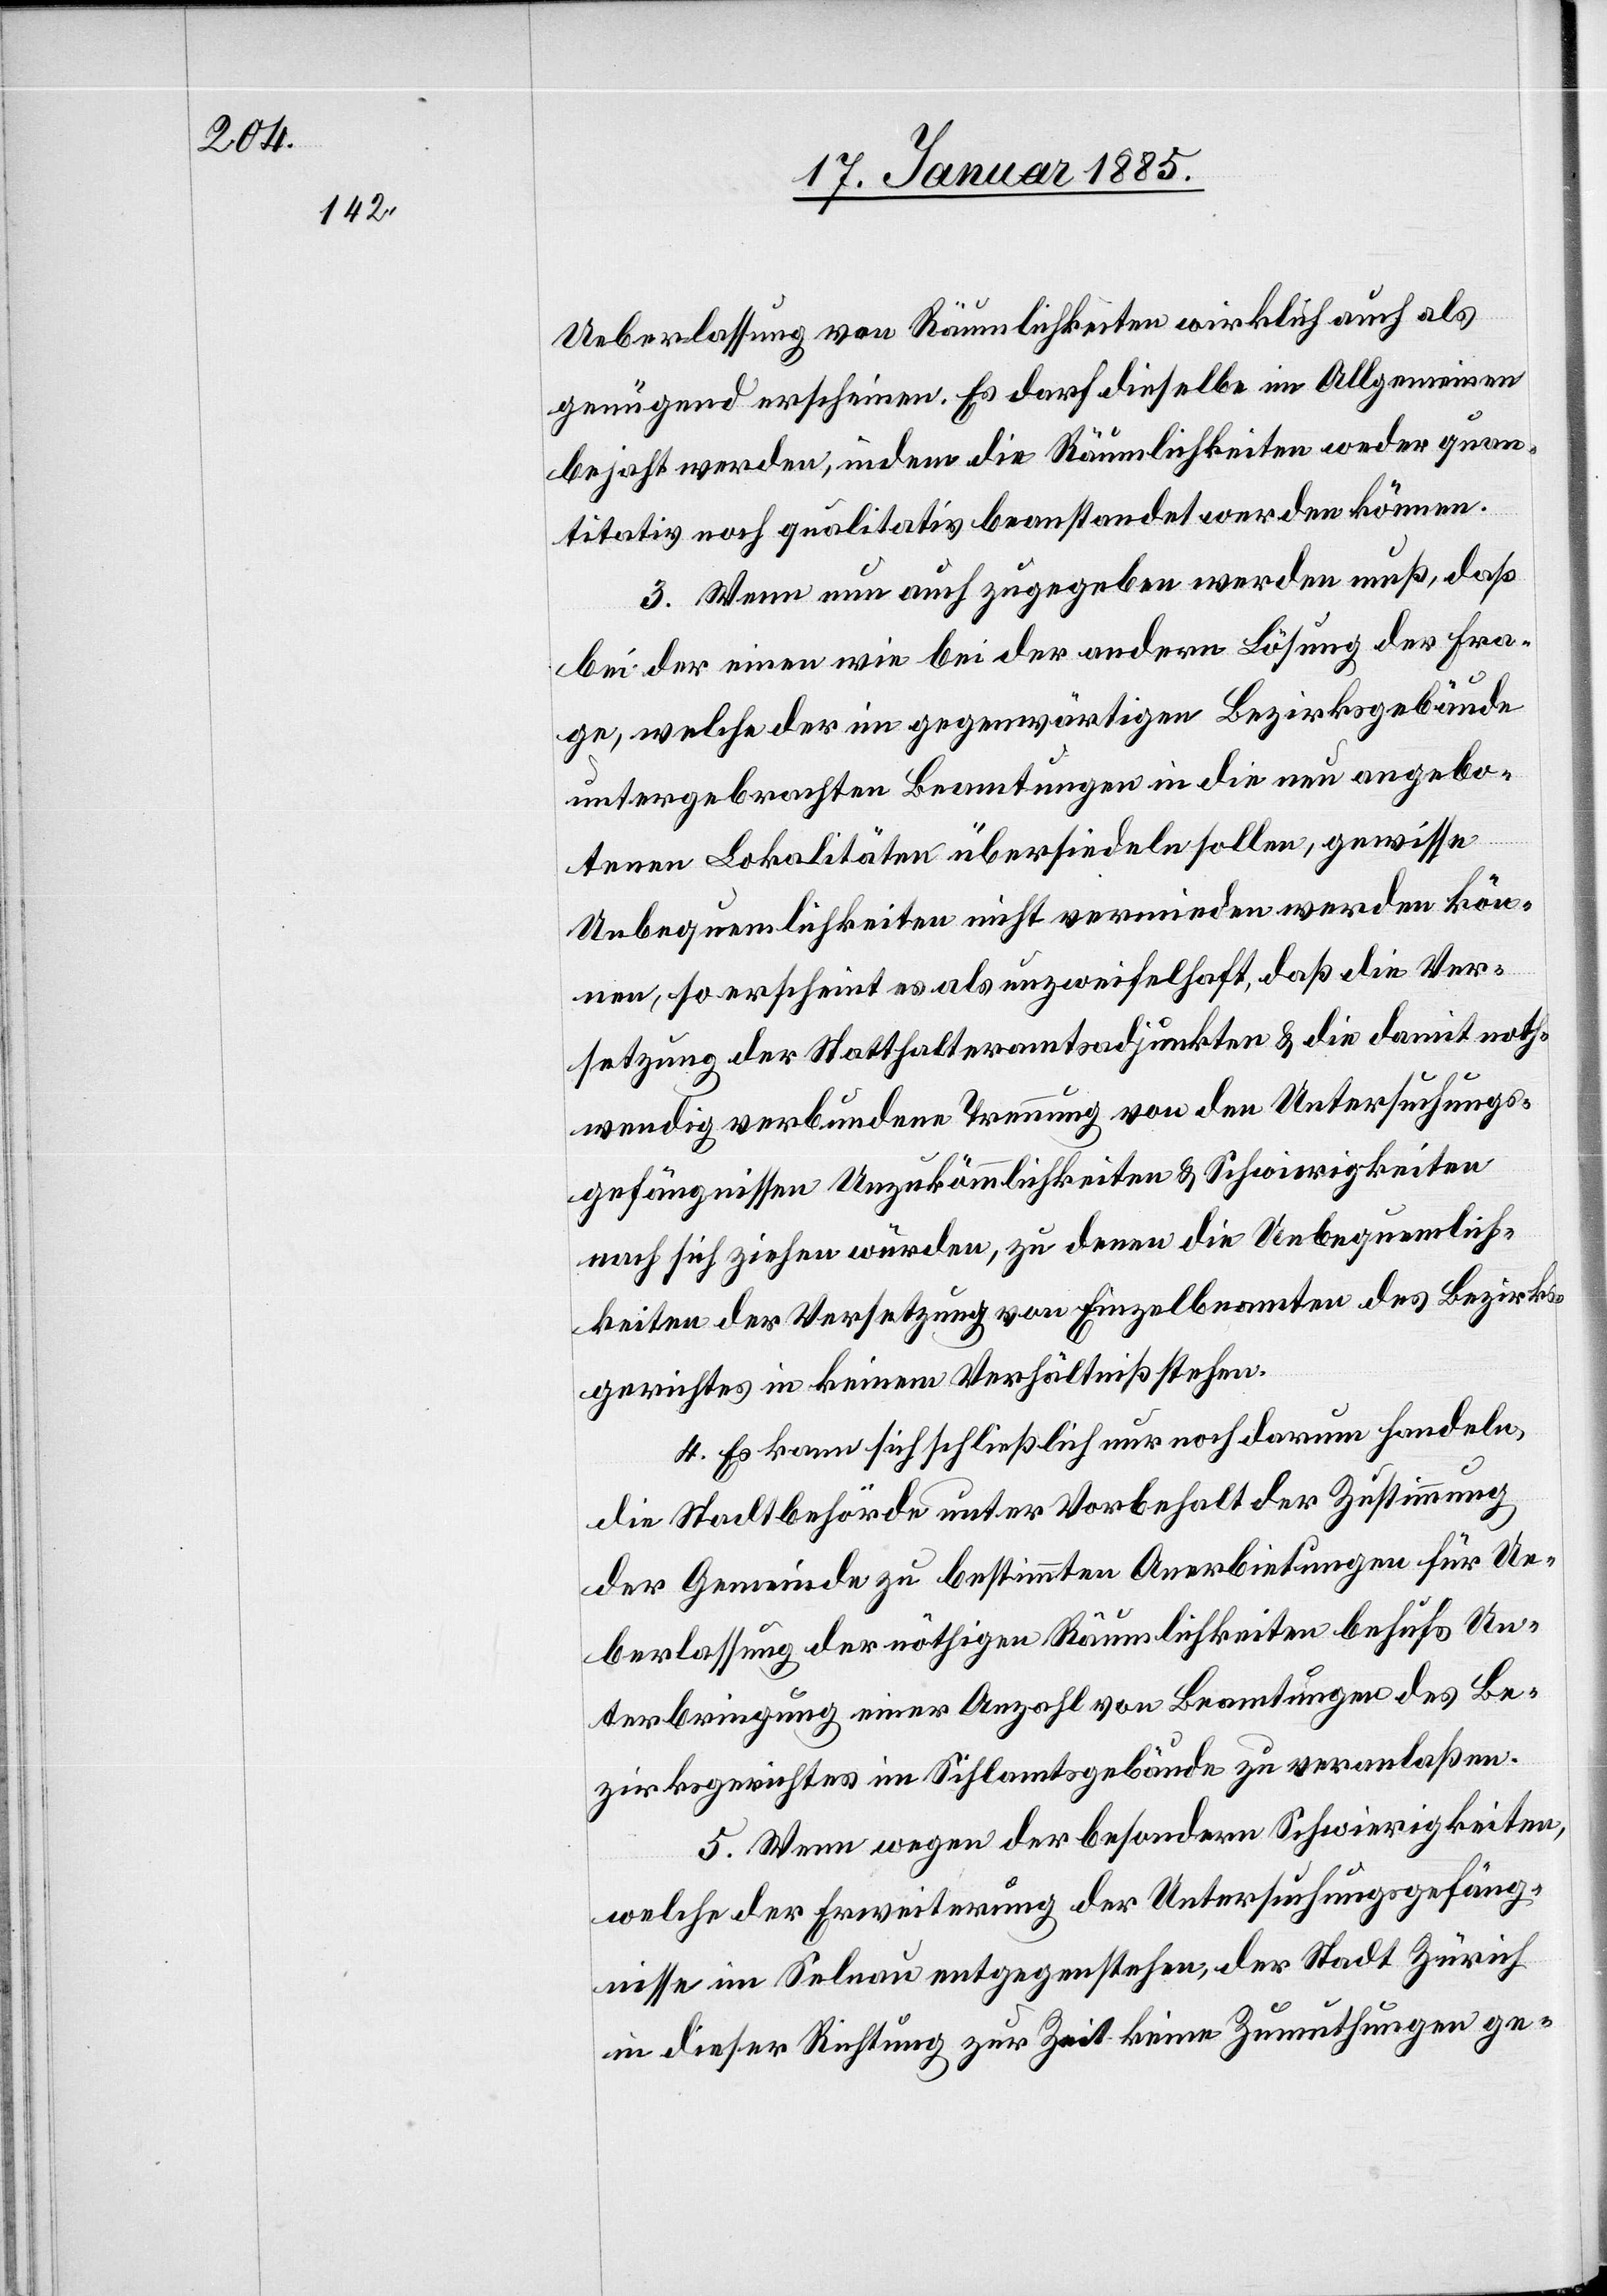
Ueberlassung von Räumlichkeiten wirklich auch als
genügend erscheinen. Es darf dieselbe im Allgemeinen
bejaht werden, indem die Räumlichkeiten weder quan¬
titativ noch qualitativ beanstandet werden können.
3. Wenn nun auch zugegeben werden muß, daß
bei der einen wie bei der andern Lösung der Fra¬
ge, welche der im gegenwärtigen Bezirksgebäude
untergebrachten Beamtungen in die neu angebo¬
tenen Lokalitäten übersiedeln sollen, gewisse
Unbequemlichkeiten nicht vermieden werden kön¬
nen, so erscheint es als unzweifelhaft, daß die Ver¬
setzung der Statthalteramtsadjunkten & die damit noth¬
wendig verbundene Trennung von den Untersuchungs¬
gefängnissen Unzukömmlichkeiten & Schwierigkeiten
nach sich ziehen würden, zu denen die Unbequemlich¬
keiten der Versetzung von Einzelbeamten des Bezirks¬
gerichtes in keinem Verhältniß stehen.
4. Es kann sich schließlich nur noch darum handeln,
die Stadtbehörde unter Vorbehalt der Zustimmung
der Gemeinde zu bestimmten Anerbietungen für Ue¬
berlassung der nöthigen Räumlichkeiten behufs Un¬
terbringung einer Anzahl von Beamtungen des Be¬
zirksgerichtes im Sihlamtsgebäude zu veranlaßen.
5. Wenn wegen der besondern Schwierigkeiten,
welche der Erweiterung der Untersuchungsgefäng¬
nisse im Selnau entgegenstehen, der Stadt Zürich
in dieser Richtung zu Zeit keine Zumuthungen ge-